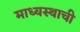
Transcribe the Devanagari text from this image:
माध्यस्थाची